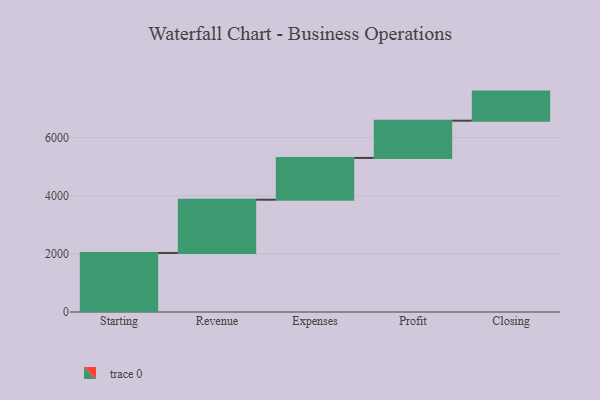
{"axis": {"x": "Step", "y": "Value"}, "legend": [""], "data": [{"x": "Starting", "y": 2030.0, "type": ""}, {"x": "Revenue", "y": 1830.0, "type": ""}, {"x": "Expenses", "y": 1437.0, "type": ""}, {"x": "Profit", "y": 1280.0, "type": ""}, {"x": "Closing", "y": 1000, "type": ""}]}